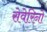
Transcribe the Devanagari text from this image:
सेवेरिनो